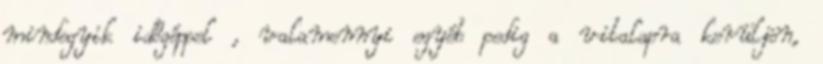
mindegyik időgéppel , valamennyi egyéb pedig a vitalapra kerüljön,